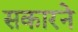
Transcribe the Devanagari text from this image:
सकारने